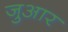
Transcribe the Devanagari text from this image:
जुआर